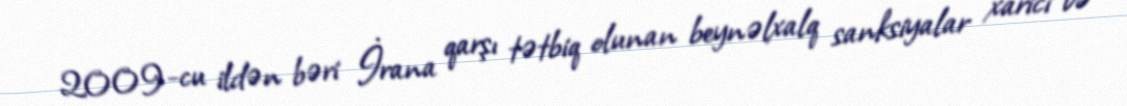
2009-cu ildən bəri İrana qarşı tətbiq olunan beynəlxalq sanksiyalar xarici və